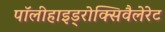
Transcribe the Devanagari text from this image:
पॉलीहाइड्रोक्सिवैलेरेट